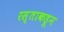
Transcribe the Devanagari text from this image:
रस्ताकडून